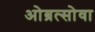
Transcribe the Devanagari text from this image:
ओब्रत्सोवा